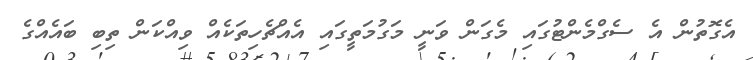
އެގޮތުން އެ ސެގްމެންޓުގައި މެގަން ވަނީ މަގުމަތީގައި އެއްޗެހިތަކެއް ވިއްކަން ތިބި ބައެއްގެ